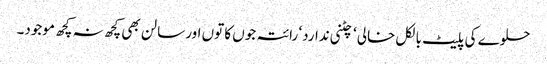
حلوے کی پلیٹ بالکل خالی ‘ چٹنی ندارد‘ رائتہ جوں کا توں اور سالن بھی کچھ نہ کچھ موجود۔